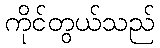
ကိုင်တွယ်သည်